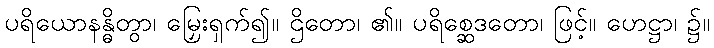
ပရိယောနန္ဓိတွာ၊ မြှေးရှက်၍။ ဌိတော၊ ၏။ ပရိစ္ဆေဒတော၊ ဖြင့်။ ဟေဋ္ဌာ၊ ၌။